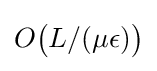
O{\bigl (}L/(\mu \epsilon ){\bigr )}